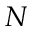
N